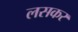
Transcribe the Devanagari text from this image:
लसकर